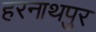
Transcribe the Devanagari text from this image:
हरनाथपुर